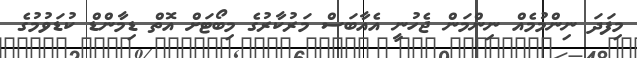
މިފަދަ ނިންމުމެއް ނިންމަން ޖެހުނީ އެއާބަސް މަރުކާރުގެ މިބޯޓަށް އޮތް ޑިމާންޑް ކުޑަވުމުގެ